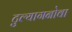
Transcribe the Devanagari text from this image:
टुल्यागनोवा